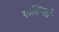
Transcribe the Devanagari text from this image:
एलिम्को